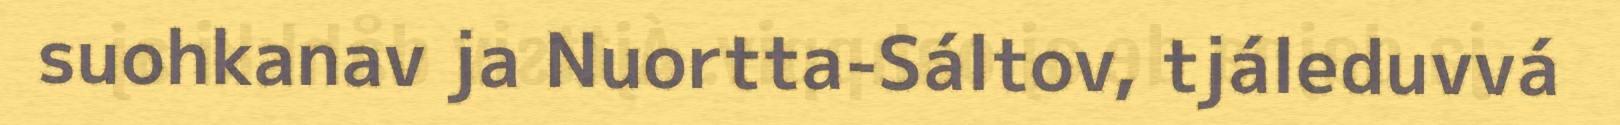
suohkanav ja Nuortta-Sáltov, tjáleduvvá